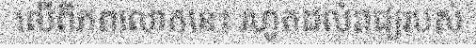
លើពិភពលោកនេះ រហូតដល់រាជ្យរបស់